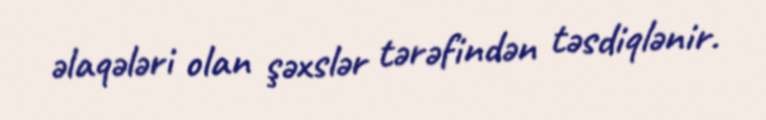
əlaqələri olan şəxslər tərəfindən təsdiqlənir.